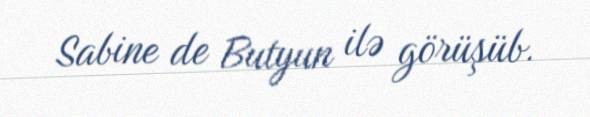
Sabine de Butyun ilə görüşüb.